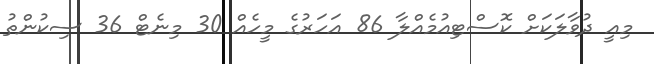
މިއީ ދުވާލަކަށް ކޮސްޓިއުމެއްލާ 86 އަހަރުގެ މީހެއް 30 މިނެޓް 36 ސިކުންތު